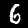
Label: 6